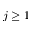
j \ge 1